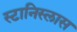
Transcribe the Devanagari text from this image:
स्टानिस्लास